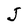
Character: J